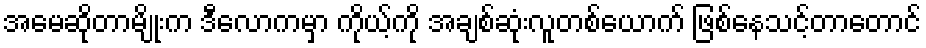
အမေဆိုတာမျိုးက ဒီလောကမှာ ကိုယ့်ကို အချစ်ဆုံးလူတစ်ယောက် ဖြစ်နေသင့်တာတောင်